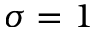
\sigma = 1